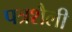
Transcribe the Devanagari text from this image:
पत्रशैली